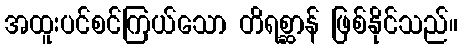
အထူးပင်စင်ကြယ်သော တိရစ္ဆာန် ဖြစ်နိုင်သည်။